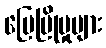
မြေပြိုမှုများ